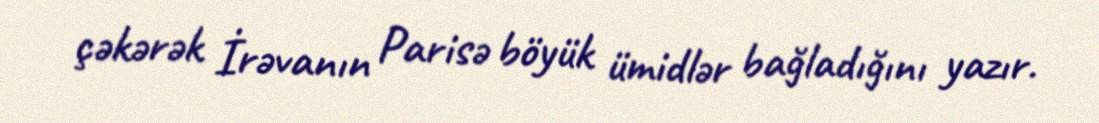
çəkərək İrəvanın Parisə böyük ümidlər bağladığını yazır.